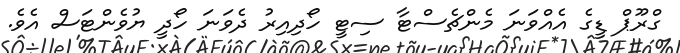
ގްރޫޕް ޑީގެ އެއްވަނަ މެންޗެސްޓާ ސިޓީ ހޯދިއިރު ދެވަނަ ހޯދީ ޔުވެންޓަސް އެވެ.